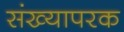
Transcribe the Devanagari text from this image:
संख्यापरक